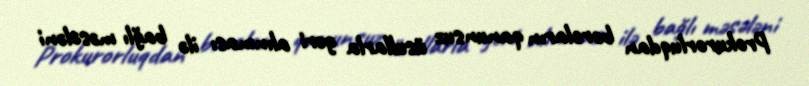
Prokurorluqdan borcların qanunsuz üsullarla geri alınması ilə bağlı məsələni